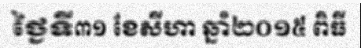
ថ្ងៃទី៣១ ខែសីហា ឆ្នាំ២០១៥ ពិធី